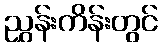
ညွှန်းကိန်းတွင်